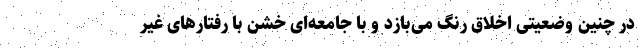
در چنین وضعیتی اخلاق رنگ می‌بازد و با جامعه‌ای خشن با رفتارهای غیر